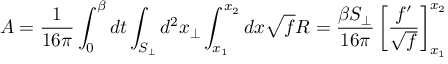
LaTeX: A = \frac { 1 } { 1 6 \pi } \int _ { 0 } ^ { \beta } d t \int _ { S _ { \perp } } d ^ { 2 } x _ { \perp } \int _ { x _ { 1 } } ^ { x _ { 2 } } d x \sqrt { f } R = \frac { \beta S _ { \perp } } { 1 6 \pi } \left[ \frac { f ^ { \prime } } { \sqrt { f } } \right] _ { x _ { 1 } } ^ { x _ { 2 } }